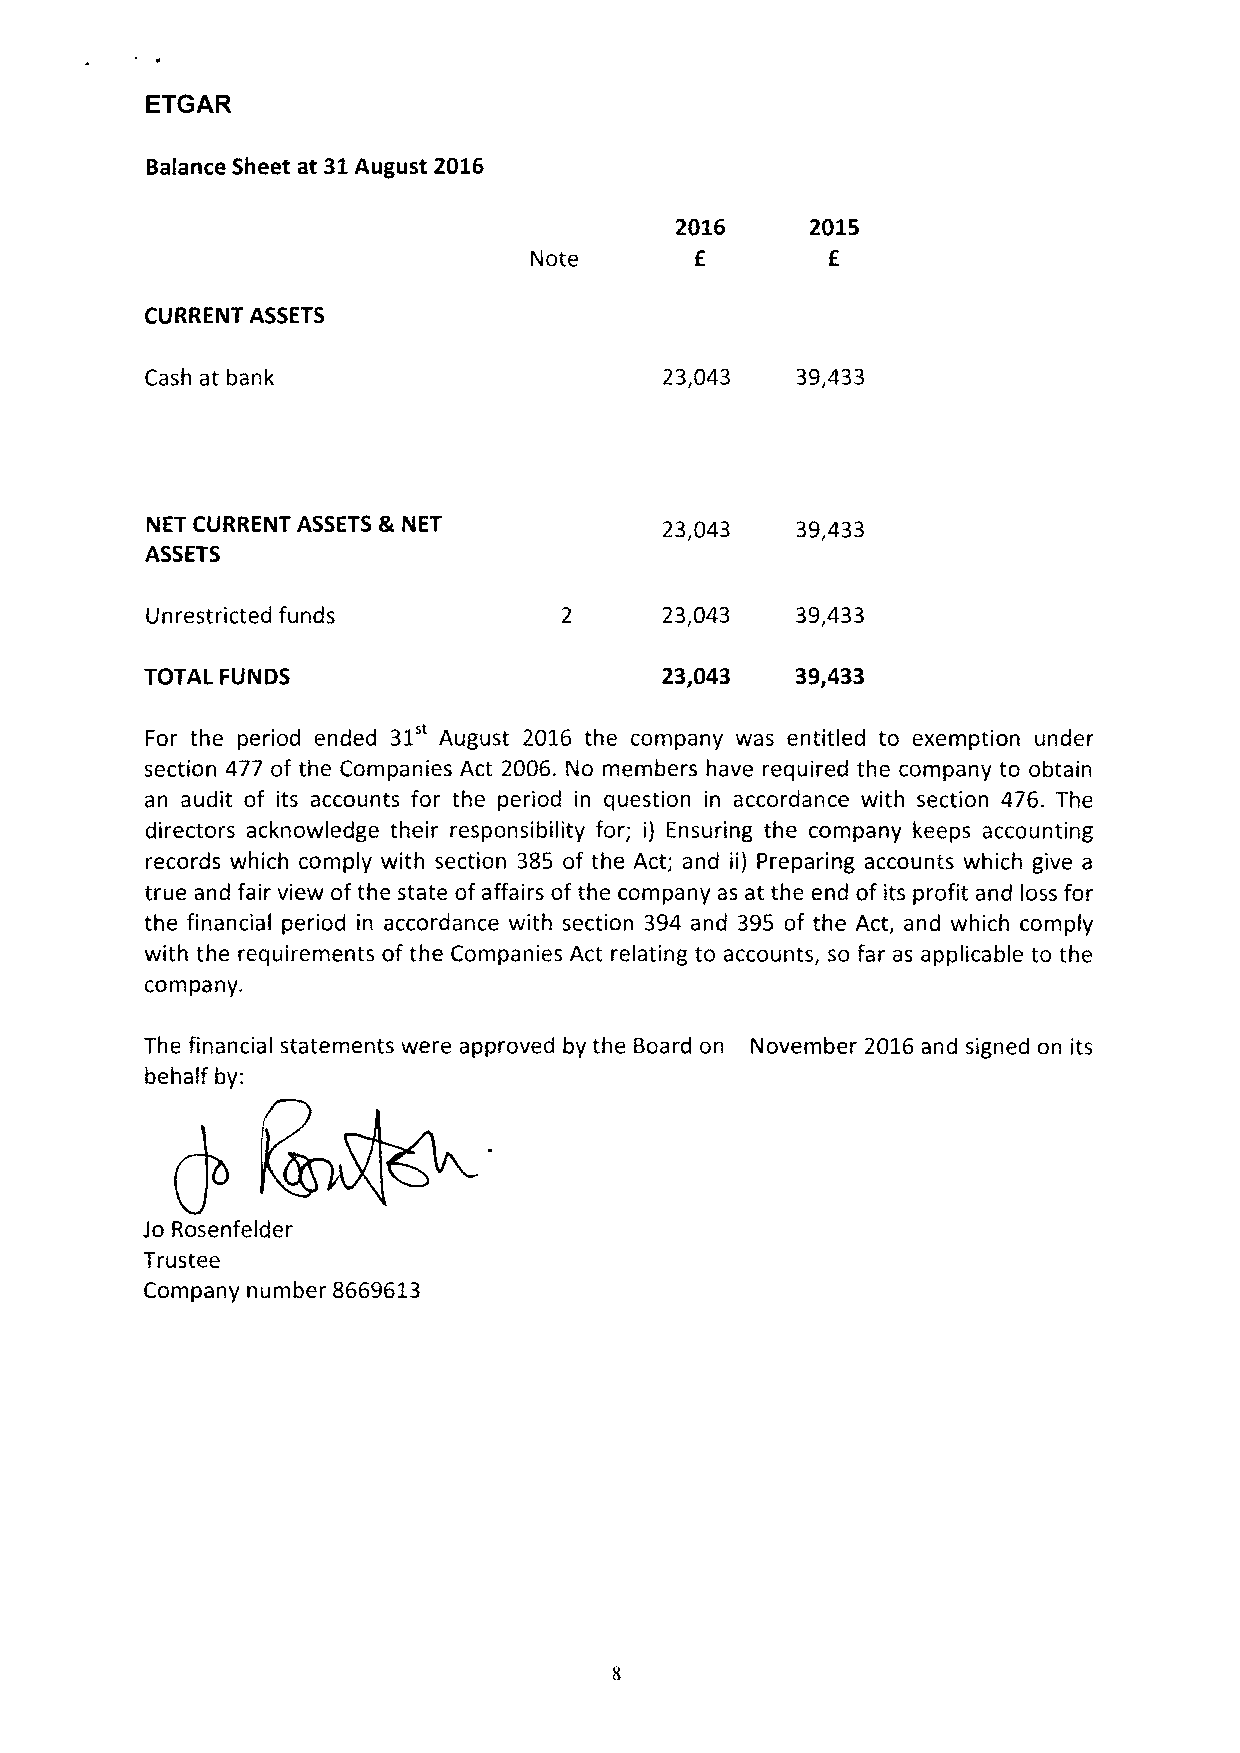
ETGAR
 Balance Sheet at 31August 2016
 2016     2015
 Note       E        E
 CURRENT ASSETS
 Cash at bank                      23,043   39,433
 NET CURRENT ASSETS &NET           23,043   39,433
 ASSETS
 Unrestricted funds                23,043   39,433
 TOTAL FUNDS                       23,043   39,433
 31"
 For the period ended August 2016 the company was entitled to exemption under
 section 477 of the Companies Act 2006. No members have required the company to obtain
 an audit of its accounts for the period in question in accordance with section 476. The
 directors acknowledge their responsibility for; i) Ensuring the company keeps accounting
 records which comply with section 385 of the Act; and ii) Preparing accounts which give a
 true and fair view of the state of affairs of the company as at the end of its profit and loss for
 the financial period in accordance with section 394 and 395 of the Act, and which comply
 with the requirements of the Companies Act relating to accounts, so far as applicable to the
 company.
 The financial statements were approved by the Board on November 2016 and signed on its
 behalf by:
 Jo Rosenfelder
 Trustee
 Company number 8669613